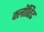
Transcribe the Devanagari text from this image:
क्लॉरिट